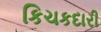
કિચકદારી